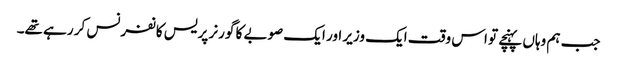
جب ہم وہاں پہنچے تو اس وقت ایک وزیر اور ایک صوبے کا گورنر پریس کانفرنس کر رہے تھے۔